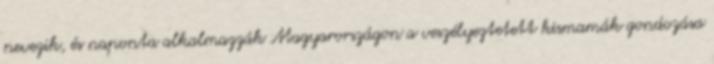
nevezik, és naponta alkalmazzák Magyarországon a veszélyeztetett kismamák gondozása